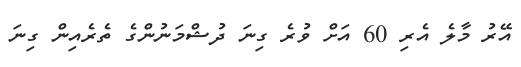
އޭރު މާލެ އެރި 60 އަށް ވުރެ ގިނަ ދުޝްމަނުންގެ ތެރެއިން ގިނަ